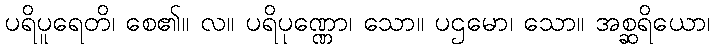
ပရိပူရေတိ၊ စေ၏။ လ။ ပရိပုဏ္ဏော၊ သော။ ပဌမော၊ သော။ အစ္ဆရိယော၊